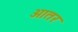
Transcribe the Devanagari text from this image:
आतर